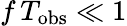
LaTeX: f\, T_{\mathrm{obs}}\ll 1